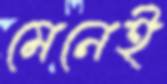
মেনেই